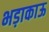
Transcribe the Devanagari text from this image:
भड़ाकाऊ